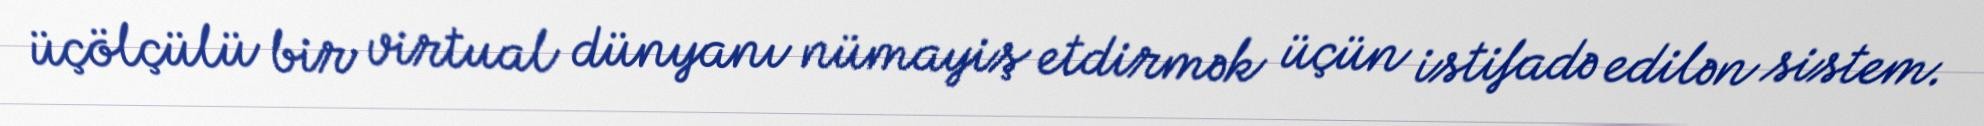
üçölçülü bir virtual dünyanı nümayiş etdirmək üçün istifadə edilən sistem.